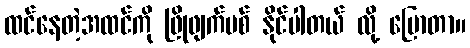
ထင်နေတဲ့အထင်ကို ဖြိုဖျက်ပစ် နိုင်ပါတယ် လို့ ပြောတာ။